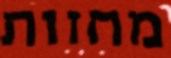
מחזות